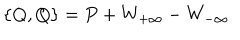
\{ Q , Q \} = P + W _ { + \infty } - W _ { - \infty }